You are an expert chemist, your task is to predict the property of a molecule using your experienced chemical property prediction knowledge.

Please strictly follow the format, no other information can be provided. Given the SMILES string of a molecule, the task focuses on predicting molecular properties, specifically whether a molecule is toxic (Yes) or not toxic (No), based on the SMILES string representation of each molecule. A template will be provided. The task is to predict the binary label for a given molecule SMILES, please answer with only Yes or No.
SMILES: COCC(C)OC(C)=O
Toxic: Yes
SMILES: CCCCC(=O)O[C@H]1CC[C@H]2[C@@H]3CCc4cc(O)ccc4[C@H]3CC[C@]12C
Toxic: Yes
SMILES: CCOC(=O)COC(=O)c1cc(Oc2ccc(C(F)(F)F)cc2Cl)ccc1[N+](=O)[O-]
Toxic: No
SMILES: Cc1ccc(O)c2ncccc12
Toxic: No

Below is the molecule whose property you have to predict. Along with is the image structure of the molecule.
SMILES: COc1ccc2cc([C@H](C)C(=O)O)ccc2c1
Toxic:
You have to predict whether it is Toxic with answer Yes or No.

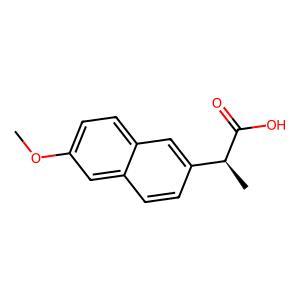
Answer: No